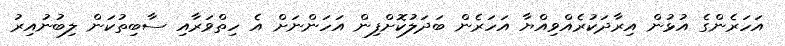
އަހަރެންގެ އުޅުން އިރާދަކުރެއްވިއްޔާ އަހަރެން ބަދަލުކޮށްފިން އަހަންނަށް އެ ހިތްވަރާއި ސާބިތުކަން ލިބުނުއިރު